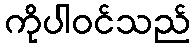
ကိုပါဝင်သည်